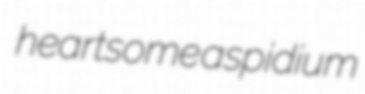
heartsome aspidium